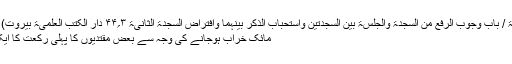
(إعلاء السنن، الصلاۃ / باب وجوب الرفع من السجدۃ والجلسۃ بین السجدتین واستحباب الذکر بینہما وافتراض السجدۃ الثانیۃ ۳؍۴۴ دار الکتب العلمیۃ بیروت) فقط واﷲ تعالیٰ اعلم
مائک خراب ہوجانے کی وجہ سے بعض مقتدیوں کا پہلی رکعت کا ایک سجدہ چھوٹ گیا؟